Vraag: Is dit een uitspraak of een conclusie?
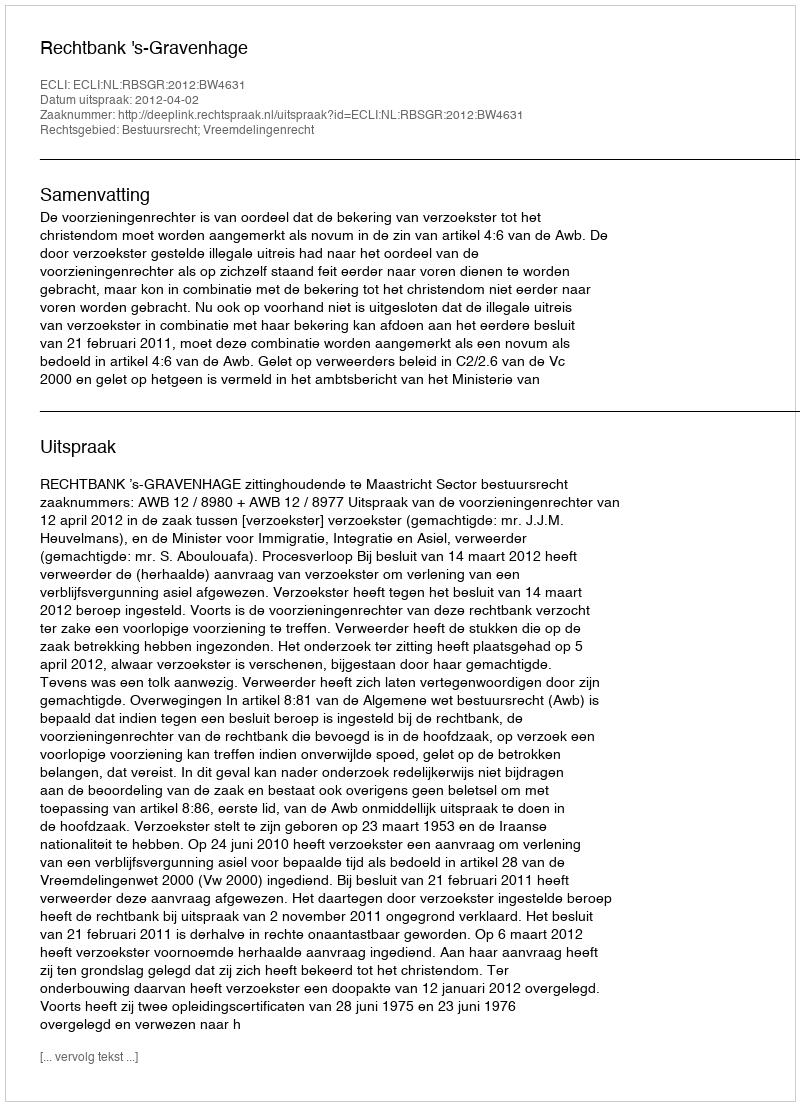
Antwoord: Uitspraak